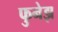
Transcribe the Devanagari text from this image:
फुनेझ